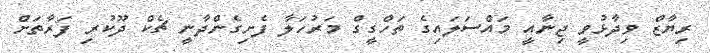
ރިޔާޒް ވިދާޅުވީ ޖިނާއީ މައްސަލައިގެ ތަހްގީގް މަރުހަލާ ފެށިގެންދާނީ ޗެކް ދޫކުރި ފަރާތަށް